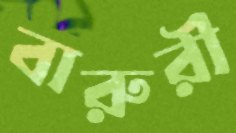
বারুরী